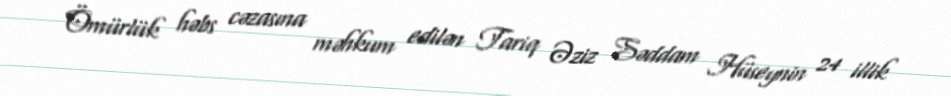
Ömürlük həbs cəzasına məhkum edilən Tariq Əziz Səddam Hüseynin 24 illik